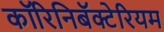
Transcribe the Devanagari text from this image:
कॉरिनिबॅक्टेरियम